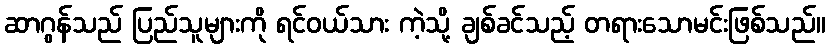
ဆာဂွန်သည် ပြည်သူများကို ရင်ဝယ်သား ကဲ့သို့ ချစ်ခင်သည့် တရားသောမင်းဖြစ်သည်။